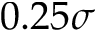
0 . 2 5 \sigma